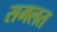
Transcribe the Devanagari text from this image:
समलत